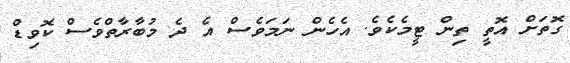
ގޮތަށް އޮތީ ތިން ޓީމެކެވެ. އެހެން ނަމަވެސް އެ ދެ މުބާރާތްވެސް ކޮވިޑް